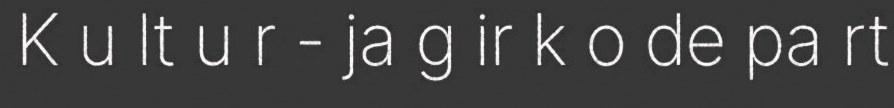
K u lt u r - ja g ir k o de pa rt